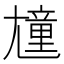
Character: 𡰒